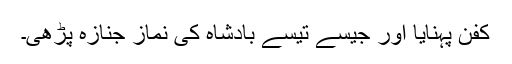
کفن پہنایا اور جیسے تیسے بادشاہ کی نمازِ جنازہ پڑھی۔